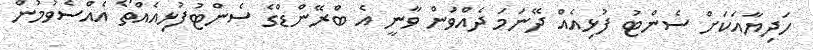
ހަދިޔާއަކަށް ސެންޓު ފުޅިއެއް ދޭނަމަ ދެއްވަން ވާނީ އެ ބްރޭންޑްގެ ސެންޓުފުޅިއެއްތޯ އެއްސެވުމުން